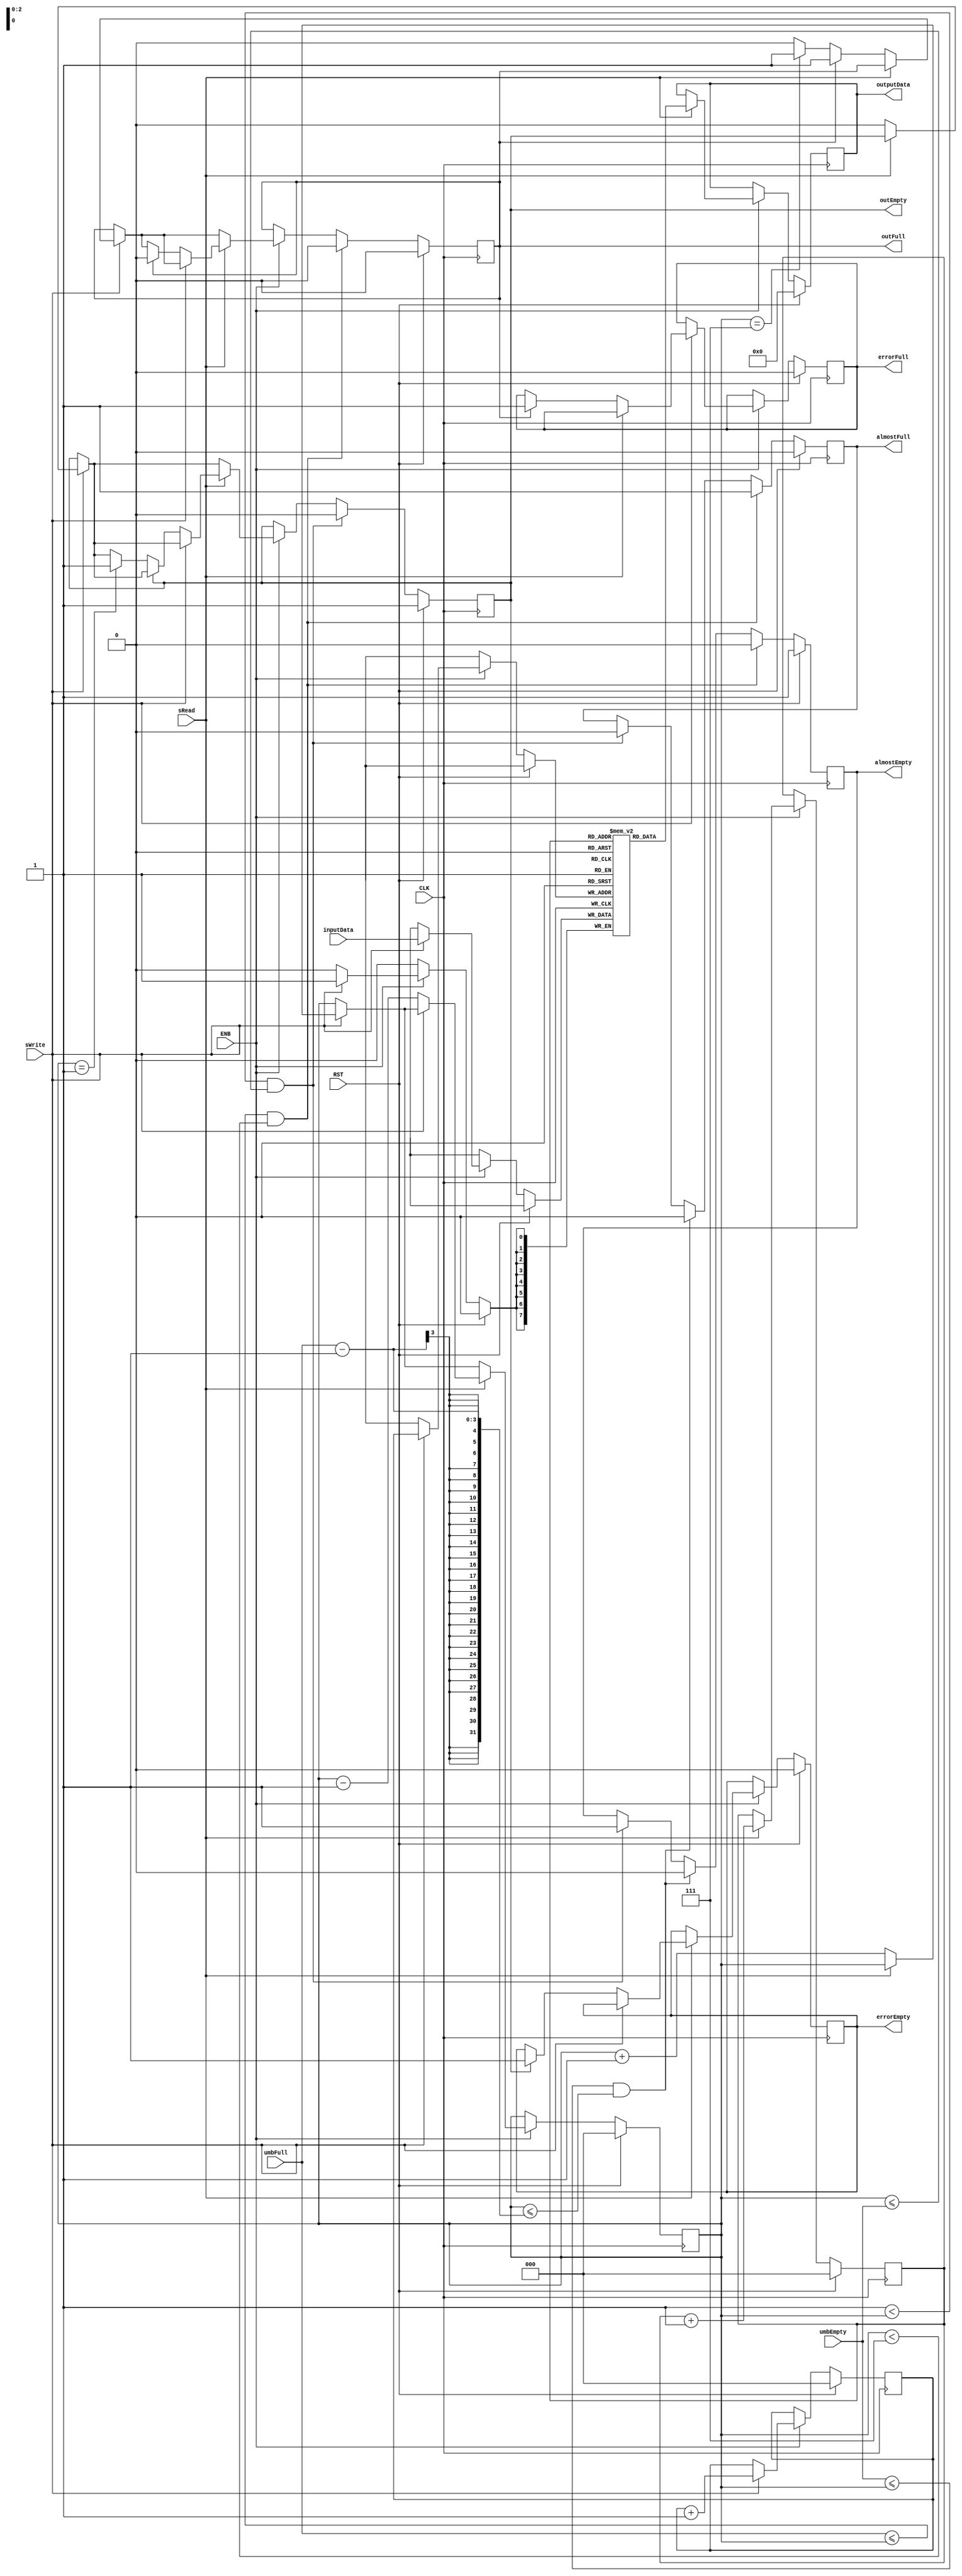
module fifo_cond #(parameter DATA_WIDTH = 8, parameter ADDRESS_WIDTH = 3, parameter BUFFER_DEPTH = 8
)(
  input CLK,              // Reloj
  input ENB,              // Enabler
  input RST,              // Reset
  input sRead,            // Seal que indica lectura
  input sWrite,           // Seal que indica escritura


  input [ADDRESS_WIDTH-1:0] umbEmpty,    // Umbral de vaciado
  input [ADDRESS_WIDTH-1:0] umbFull,     // Umbral de llenado

  input [DATA_WIDTH-1:0] inputData,       // Datos que se quieren escribir

  output reg almostEmpty,
  output reg almostFull,
  output reg outEmpty,
  output reg outFull,
  output reg errorEmpty,
  output reg errorFull,

  output reg [DATA_WIDTH-1:0] outputData
  );

  reg [ADDRESS_WIDTH-1:0] ptrWr;  // Puntero de la escritura
  reg [ADDRESS_WIDTH-1:0] ptrRd;  // Puntero de la lectura
  reg [ADDRESS_WIDTH-1:0] cantWr; // Cantidad de valores escritos

  reg [DATA_WIDTH-1:0] buffer [BUFFER_DEPTH-1:0]; // Se crea la memoria

  always @ ( posedge CLK ) begin
    if (RST) begin  // Todas las salidas a cero
      almostEmpty <= 1;
      almostFull <= 0;
      outEmpty <= 1;
      outFull <= 0;
      errorEmpty <= 0;
      errorFull <= 0;
      outputData <= 0;

      ptrWr <= 0;
      ptrRd <= 0;
      cantWr <= 0;
    end
    else begin
    if (ENB) begin           // Escritura en el boffer
      if (sWrite) begin
        buffer[ptrWr] <= inputData;
        ptrWr <= ptrWr + 1;           // Se corre el puntero

        if (!sRead) begin             // Si no se lee el recin escrito
          if(outEmpty) begin          // *Lneas tentativas
            outEmpty <= 0;            // *
          end                         // *
          if (outFull) begin          // Si el buffer ya est lleno tire error
            errorFull <= 1;
          end
          else begin
            if (cantWr == DATA_WIDTH-1) begin // Se llena el buffer
              outFull <= 1;
            end
          end
          cantWr <= cantWr + 1;
        end
      end // fin del write

      if (sRead) begin
        outputData <= buffer[ptrRd]; // La salida es el primer elemento en el fifo
        ptrRd <= ptrRd + 1;

        if (!sWrite) begin
          if (outFull) begin
            outFull <= 0;
          end
          if (outEmpty) begin
            errorEmpty <= 1;
          end
          else begin
            if (cantWr == 1) begin
              outEmpty <= 1;
            end
          end
          cantWr <= cantWr - 1;
          end
        end
      end

      if ((1 < cantWr)&&(cantWr <= umbEmpty)) begin
        outEmpty <= 0;
        almostEmpty <= 1;
        almostFull <= 0;
      end

      if ((umbEmpty<=cantWr)&&(cantWr<=umbFull-1)) begin
        almostEmpty <= 0;
        almostFull <= 0;
      end

      if ((umbFull <= cantWr)&&(cantWr < DATA_WIDTH-1)) begin
        outFull <=0 ;
        almostEmpty <= 0;
        almostFull <= 1;
      end
    end // fin del reset
  end // fin del always
endmodule //fifo_cond